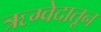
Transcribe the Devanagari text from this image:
ऋग्वेदातून